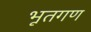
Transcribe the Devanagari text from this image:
भूतगण